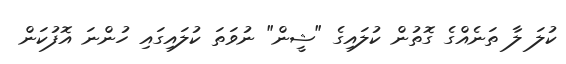
ކުލަ ލާ ތަނެއްގެ ގޮތުން ކުލައިގެ "ޝީން" ނުވަތަ ކުލައިގައި ހުންނަ އޮފުކަން